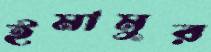
ইমামুর